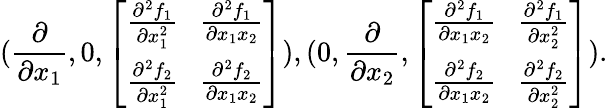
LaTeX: (\frac{\partial}{\partial x_{1}},0,\left[\begin{array}{r}{\frac{\partial^{2}f_{1}}{\partial x_{1}^{2}}\ \ \ \frac{\partial^{2}f_{1}}{\partial x_{1}x_{2}}}\\ {\frac{\partial^{2}f_{2}}{\partial x_{1}^{2}}\ \ \ \frac{\partial^{2}f_{2}}{\partial x_{1}x_{2}}}\end{array}\right]),(0,\frac{\partial}{\partial x_{2}},\left[\begin{array}{r}{\frac{\partial^{2}f_{1}}{\partial x_{1}x_{2}}\ \ \ \frac{\partial^{2}f_{1}}{\partial x_{2}^{2}}}\\ {\frac{\partial^{2}f_{2}}{\partial x_{1}x_{2}}\ \ \ \frac{\partial^{2}f_{2}}{\partial x_{2}^{2}}}\end{array}\right]).